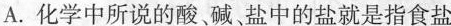
A.化学中所说的酸。碱盐中的盐就是指食盐